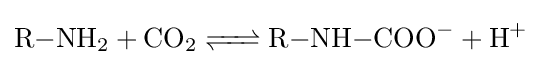
{\ce {R-NH2 + CO2 <=> R-NH-COO^- + H+}}